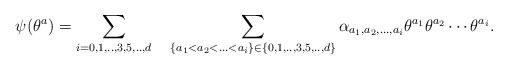
\begin{align*}\psi (\theta^a) = \sum_{i=0,1,..,3,5,..,d} \quad \sum_{\{ a_1< a_2<...<a_i\}\in \{0,1,..,3,5,..,d\} } \alpha_{a_1, a_2,...,a_i}\theta^{a_1} \theta^{a_2} \cdots \theta^{a_i}. \end{align*}